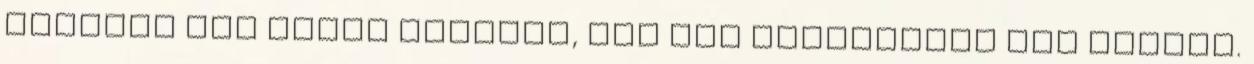
véresen egy friss babával, hát ezt magyarázza meg valaki.